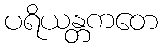
ပရိယန္တကတေ